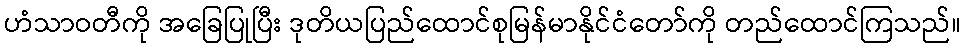
ဟံသာဝတီကို အခြေပြုပြီး ဒုတိယပြည်ထောင်စုမြန်မာနိုင်ငံတော်ကို တည်ထောင်ကြသည်။